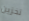
تخزين